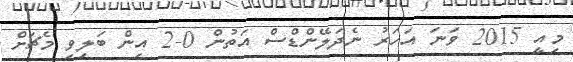
މިއީ 2015 ވަނަ އަހަރު ނެދަލޭންޑްސް އަތުން 0-2 އިން ބަލިވި މެޗަށް